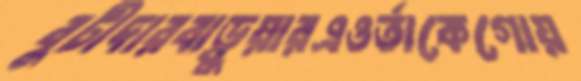
বুটীদারবাড়ুয়ারএওর্তাকেগোয়